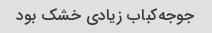
جوجه‌کباب زیادی خشک بود